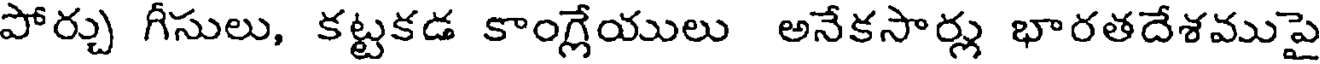
పోర్చు గీసులు, కట్టకడ కాంగ్లేయులు అనేకసార్లు భారతదేశముపై